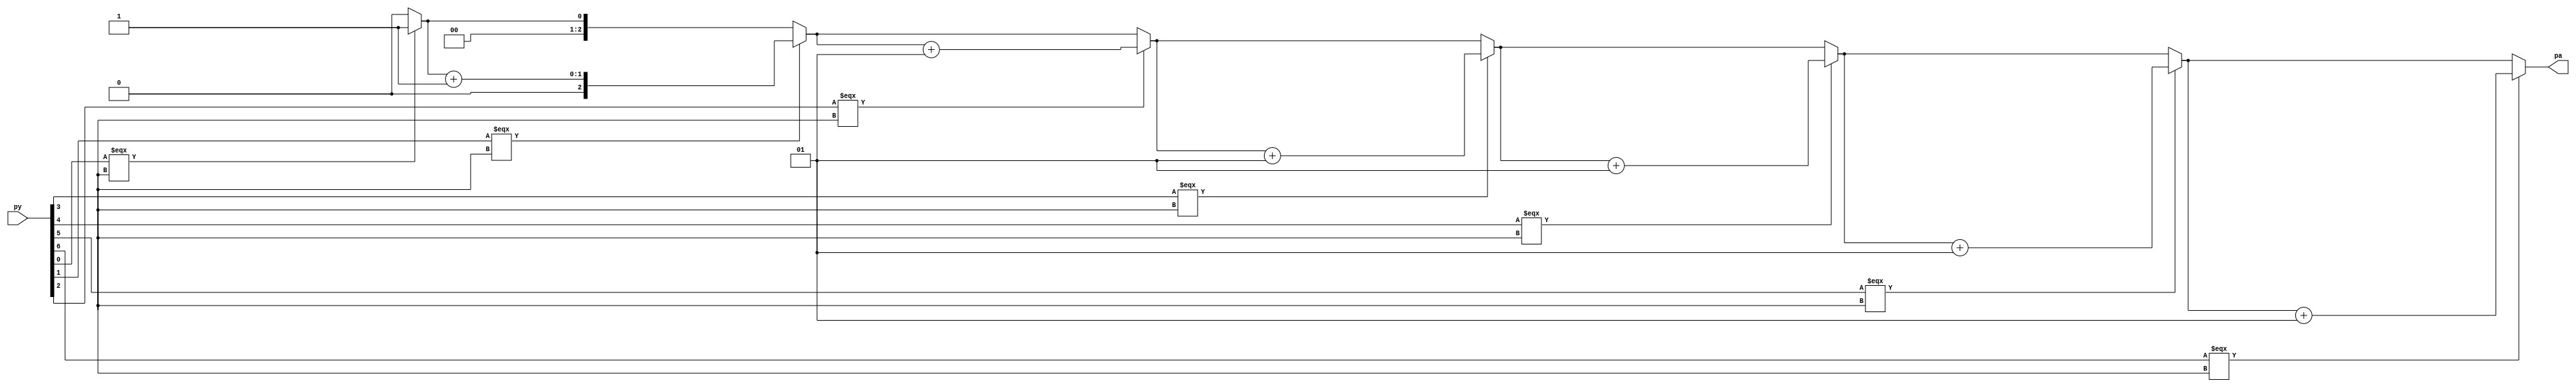
module priority_n #(
    parameter WIDTH = 7
)(
    input wire [WIDTH-1:0] py,
    output reg [CLOG2_WIDTH-1:0] pa
);

    // Function to calculate ceil(log2(WIDTH))
    function integer clog2(input integer value);
        integer i;
        integer result;
        begin
            result = 0;
            value = value - 1;
            while (value > 0) begin
                value = value >> 1;
                result = result + 1;
            end
            clog2 = result;
        end
    endfunction

    // Local parameter for output width
    localparam CLOG2_WIDTH = clog2(WIDTH + 1);  // Plus one to handle all possible counts properly

    integer i;
    integer cnt;  // Declare variable without initialization

    always @* begin
        cnt = 0;  // Initialize cnt at the beginning of the block

        for (i = 0; i < WIDTH; i = i + 1) begin
            if (py[i] === 1'bx) begin
                cnt = cnt + 1;
            end
        end
        pa = cnt;  // Assign the count to the output pa
    end

endmodule